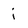
Character: j